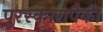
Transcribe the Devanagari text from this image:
पुरस्कारापैकी